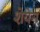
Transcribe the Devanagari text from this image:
शेयेन